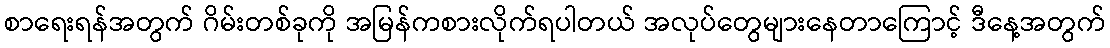
စာရေးရန်အတွက် ဂိမ်းတစ်ခုကို အမြန်ကစားလိုက်ရပါတယ် အလုပ်တွေများနေတာကြောင့် ဒီနေ့အတွက်